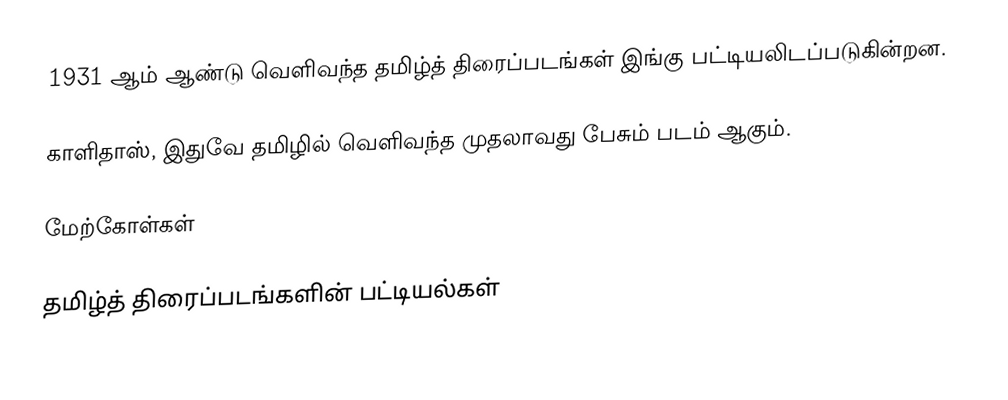
1931 ஆம் ஆண்டு வெளிவந்த தமிழ்த் திரைப்படங்கள் இங்கு பட்டியலிடப்படுகின்றன.

 காளிதாஸ், இதுவே தமிழில் வெளிவந்த முதலாவது பேசும் படம் ஆகும்.

மேற்கோள்கள்

தமிழ்த் திரைப்படங்களின் பட்டியல்கள்